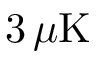
3 \, \mu \mathrm { K }